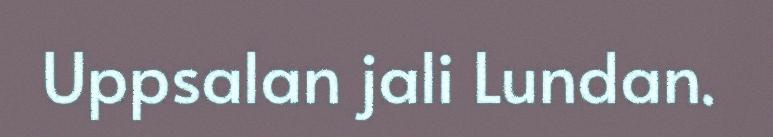
Uppsalan jali Lundan.